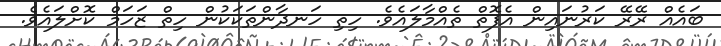
ބައެއް ރޭރޭ ކަރުނައިން އެފޮތް ތެއްމާލައެވެ. ހިތި ހަނދާންތަކަކުން ހިތް ޒަހަމް ކޮށްލައެވެ.